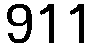
911